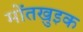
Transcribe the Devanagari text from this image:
मोंतखुइक